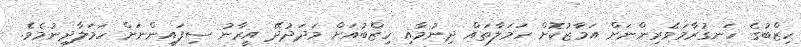
ހިޒްބުގެ ހަނގުރާމަވެރިންނަށް އަމާޒުކޮށް ހަމަލާތައް ދިނުމާއި ހިޒްބުއަށް މަދަދުދޭ އީރާނު ސިފައިންނަށް ހަމަލާދިނުމެވެ.